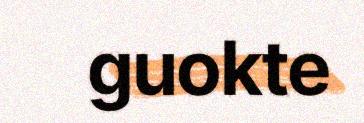
guokte